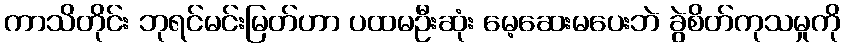
ကာသိတိုင်း ဘုရင်မင်းမြတ်ဟာ ပထမဦးဆုံး မေ့ဆေးမပေးဘဲ ခွဲစိတ်ကုသမှုကို